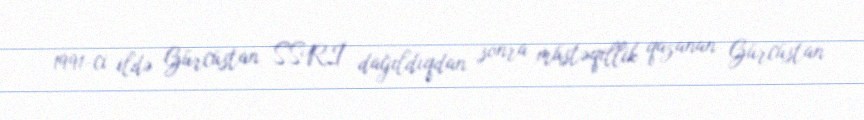
1991-ci ildə Gürcüstan SSRİ dağıldıqdan sonra müstəqillik qazanan Gürcüstan